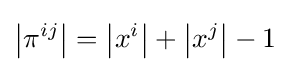
\left|\pi ^{ij}\right|=\left|x^{i}\right|+\left|x^{j}\right|-1